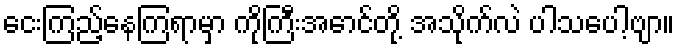
ငေးကြည့်နေကြရာမှာ ကိုကြီးအောင်တို့ အသိုက်လဲ ပါသပေါ့ဗျာ။